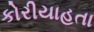
કોરીયાહતા